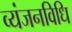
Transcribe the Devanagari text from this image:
व्यंजनविधि